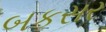
બકસર